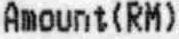
AMOUNT(RM)